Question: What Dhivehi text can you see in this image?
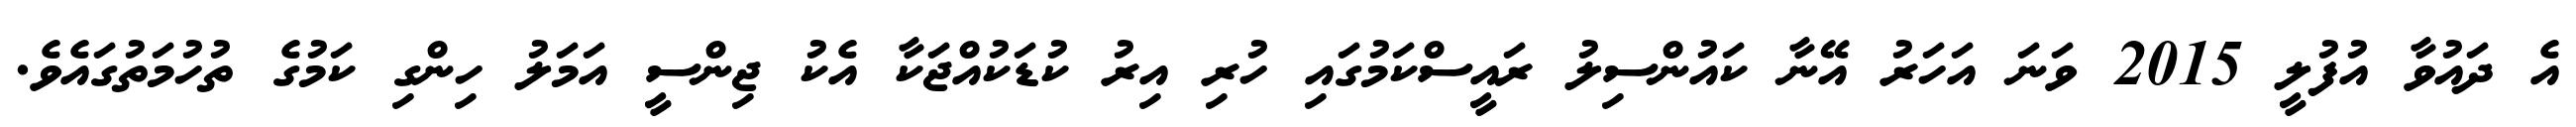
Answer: އެ ދައުވާ އުފުލީ 2015 ވަނަ އަހަރު އޭނާ ކައުންސިލު ރައީސްކަމުގައި ހުރި އިރު ކުޑަކުއްޖަކާ އެކު ޖިންސީ އަމަލު ހިންގި ކަމުގެ ތުހުމަތުގައެވެ.